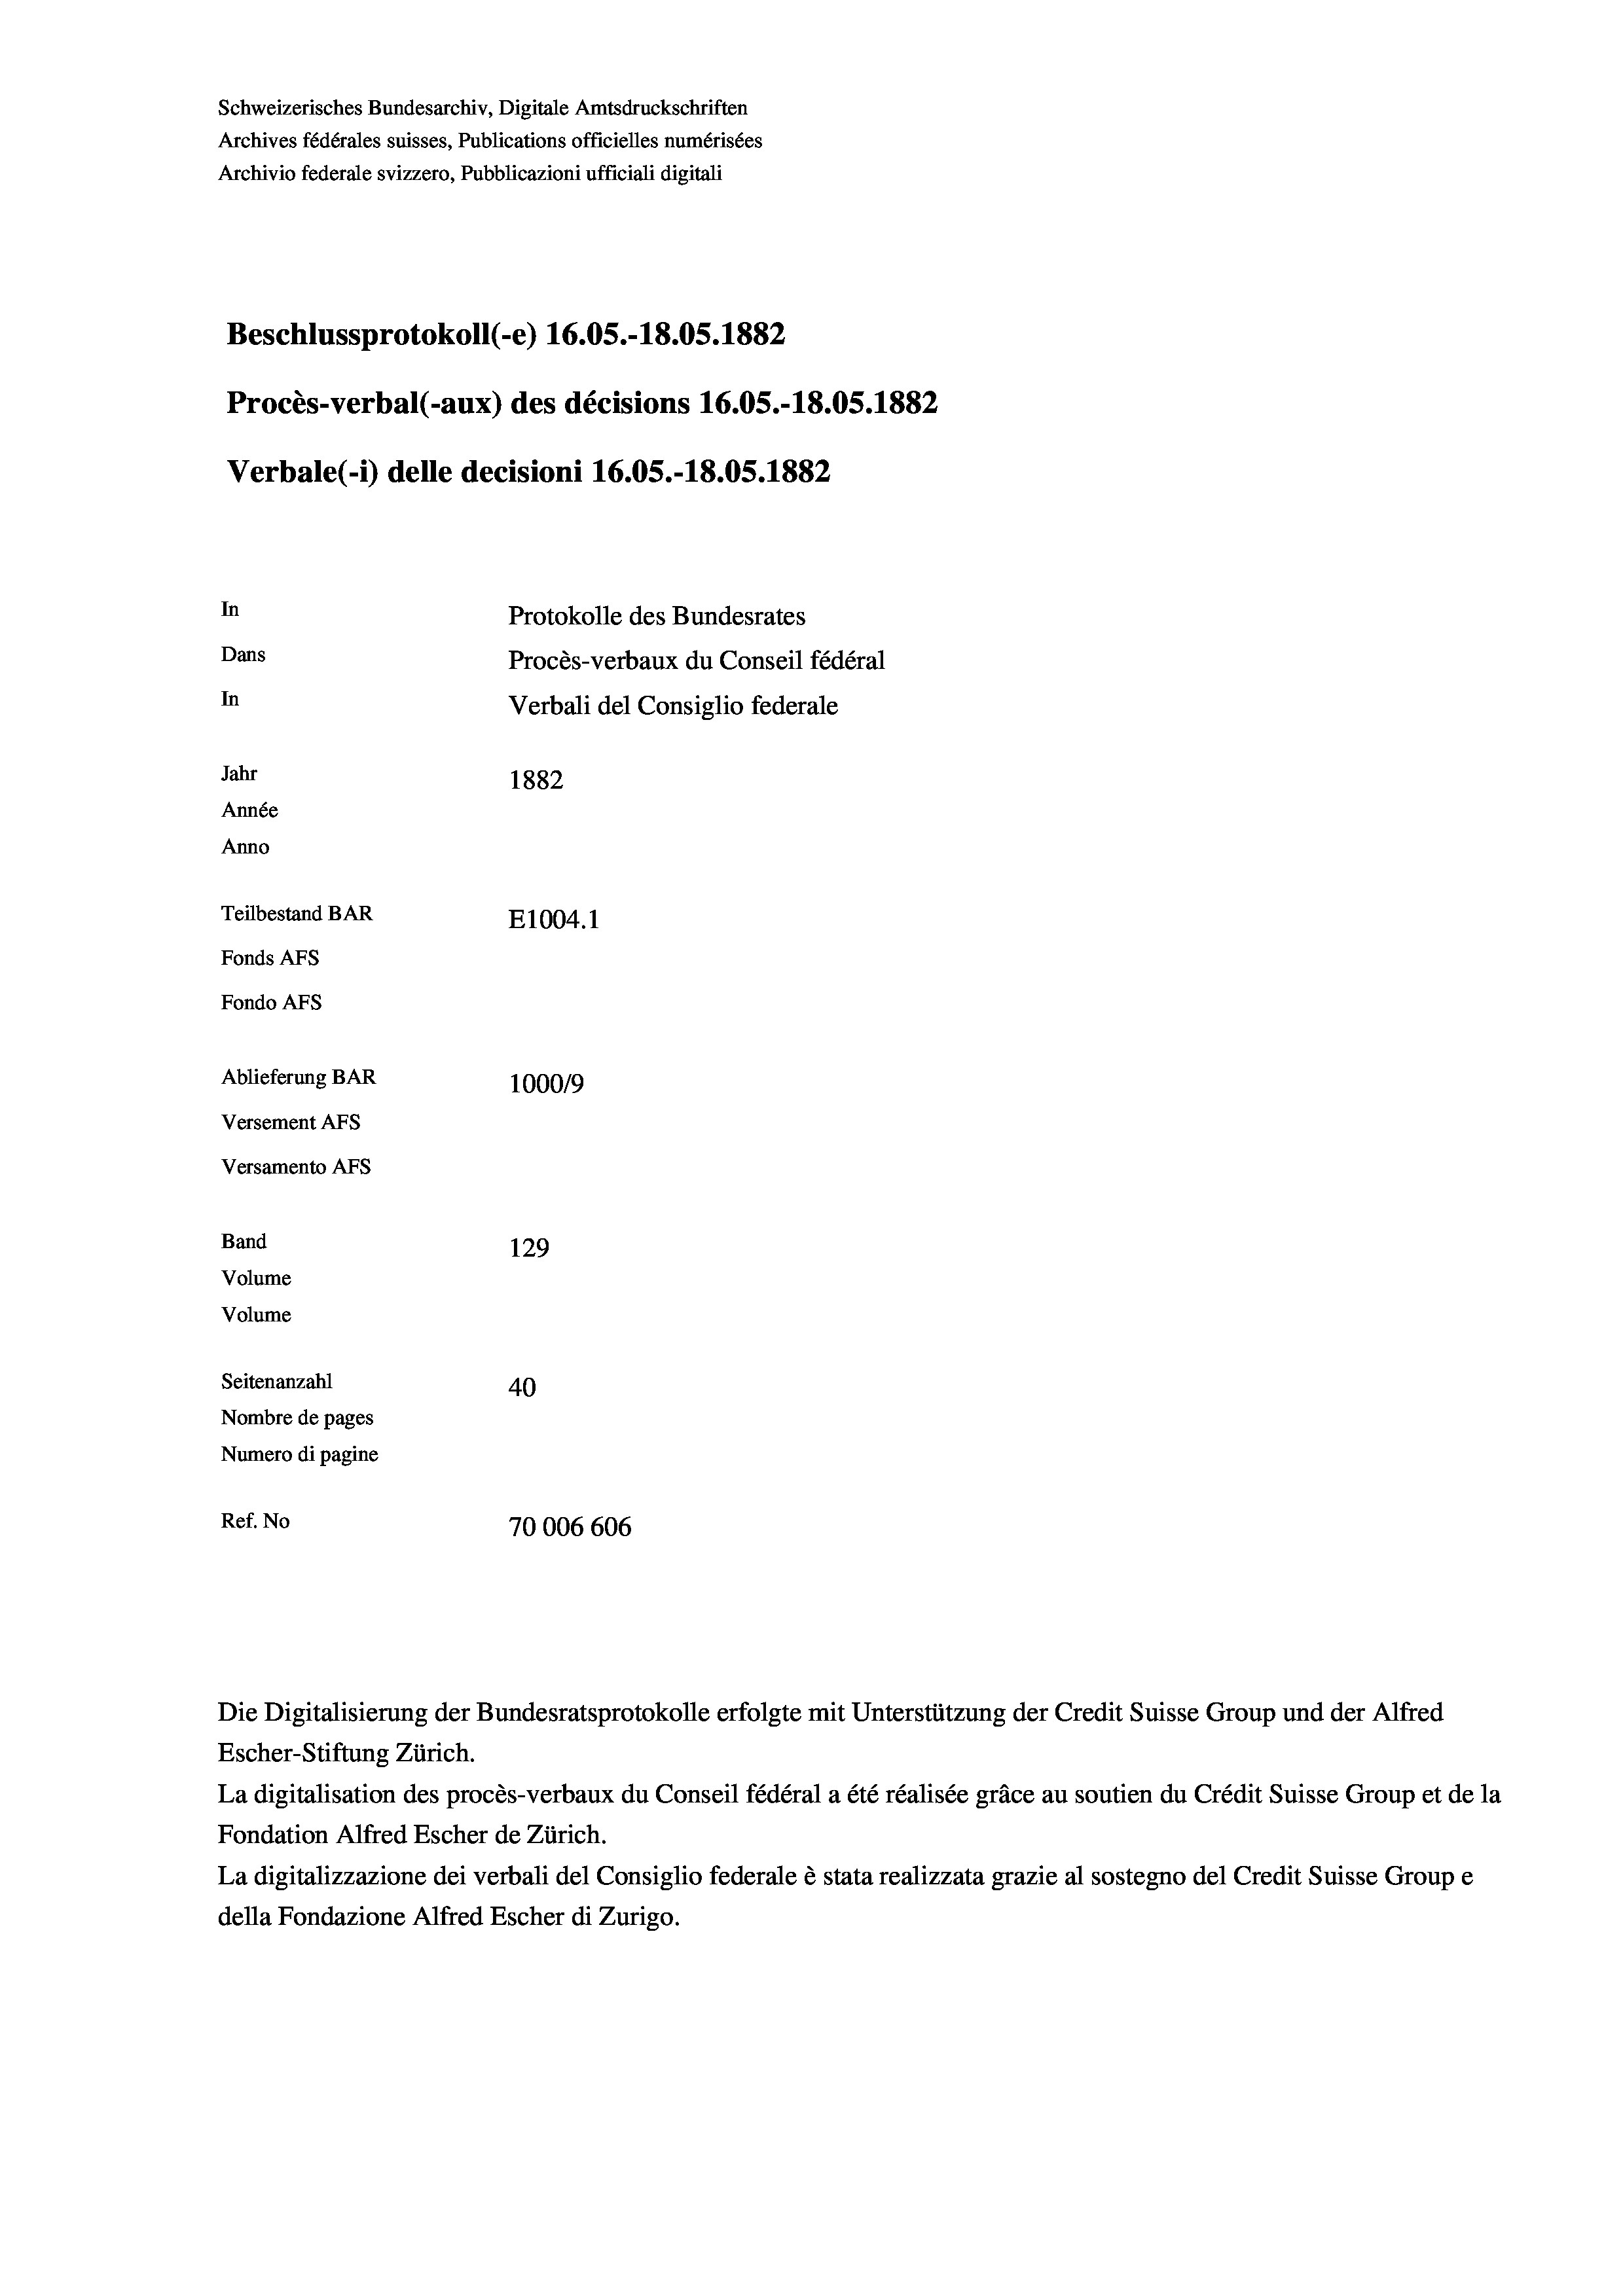
Schweizerisches Bundesarchiv, Digitale Amtsdruckschriften
Archives fédérales suisses, Publications officielles numérisées
Archivio federale svizzero, Pubblicazioni ufficiali digitali
Beschlussprotokoll (-e) 16.05.-18.05. 1882
Procès-verbal (-aux) des décisions 16.05.-18.05. 1882
Verbale (1) delle decisioni 16.05.-18.05. 1882
In
Protokolle des Bundesrates
Dans
Procès-verbaux du Conseil fédéral
In
Verbali del Consiglio federale
Jahr
1882
Année
Anno
Teilbestand BAR
E1004.1
Fonds AFs
Fondo Afs
Ablieferung BAR
100019
Versement AFs
Versamento Afs
Band
129
Volume
Volume
Seitenanzahl
40
Nombre de pages
Numero di pagine
Ref. No
70006 606

Escher-Stiftung Zürich.
La digitalisation des procès-verbaux du Conseil fédéral a été réalisée gräce au soutien du Crédit Suisse Group et de la
Fondation Alfred Escher de Zürich.
La digitalizzazione dei verbali del Consiglio federale è stata realizzata grazie al sostegno del Credit Suisse Groupe
della Fondazione Alfred Escher di Zurigo.

Die Digitalisierung der Bundesratsprotokolle erfolgte mit Unterstützung der Credit Suisse Group und der Alfred